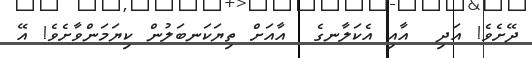
ދޭށެވެ! އަދި  އާއި އެކަލާނގެ  އާއަށް ތިޔަކަނބަލުން ކިޔަމަންވާށެވެ! އޭ